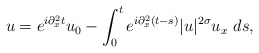
\begin{align*} u= e^{i\partial_{x}^{2}t}u_{0} -\int_{0}^{t}e^{i\partial_{x}^{2}(t-s)}|u|^{2\sigma}u_{x}\ ds,\end{align*}